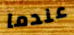
عندما